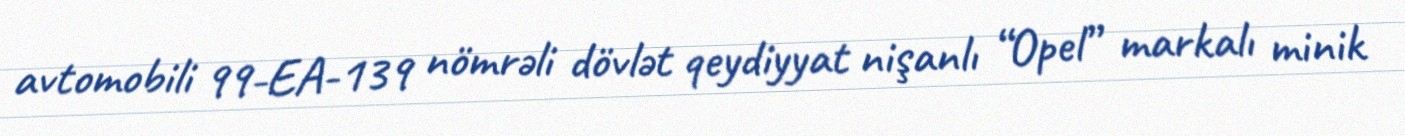
avtomobili 99-EA-139 nömrəli dövlət qeydiyyat nişanlı “Opel” markalı minik